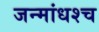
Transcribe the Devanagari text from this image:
जन्मांधश्च